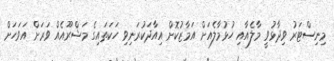
މިނިސްޓަރު ވިދާޅުވީ މާލެއާއި ހުޅުމާލެއަށް އަމާޒުކޮށް އިއާދަކުރަނިވި ހަކަތައިގެ މަޝްރޫއެއް ވަރަށް އަވަހަށް